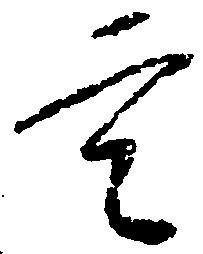
定